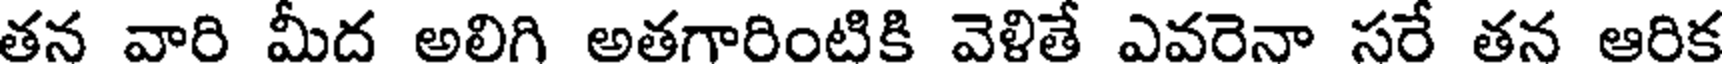
తన వారి మీద అలిగి అతగారింటికి వెళితే ఎవరెనా సరే తన ఆరిక